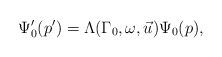
LaTeX: \begin{align*}\Psi _{0}^{\prime }(p^{\prime })=\Lambda (\Gamma _{0},\omega ,\vec{u})\Psi_{0}(p), \end{align*}